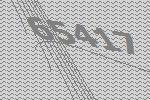
65417